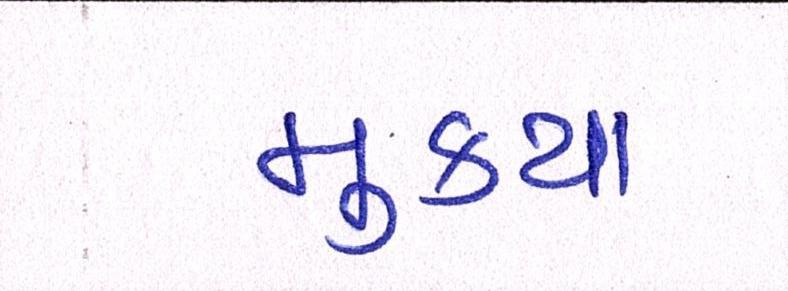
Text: મુકયા